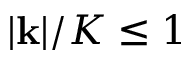
| \mathbf { k } | / K \leq 1